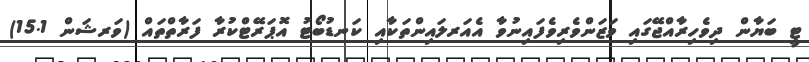
ޓީ ބަޔާން ދިވެހިރާއްޖޭގައި ވަޒަންވެރިވެފައިނުވާ އެއަރލައިންތަކާއި ކަނޑުބޯޓު އޮޕަރޭޓްކުރާ ފަރާތްތައް (ވަރޝަން 15.1)